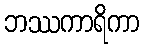
ဘဿကာရိကာ